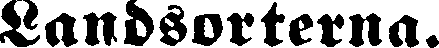
Landsorterna.